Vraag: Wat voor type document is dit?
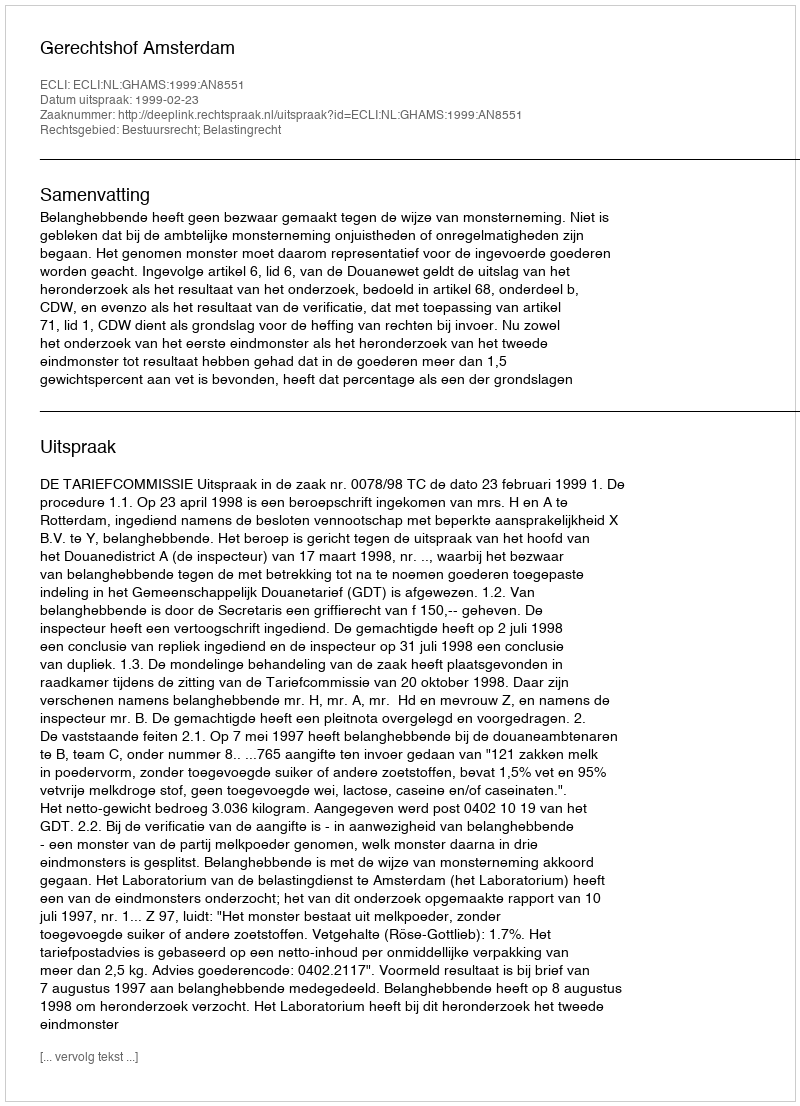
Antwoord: Uitspraak